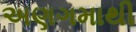
અણગમાથી